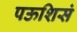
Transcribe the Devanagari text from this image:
पऊशिसं